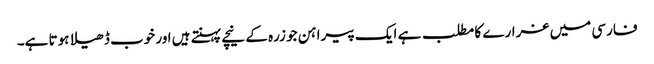
فارسی میں غرارے کا مطلب ہے ایک پیراہن جو زرہ کے نیچے پہنتے ہیں اور خوب ڈھیلا ہوتا ہے۔